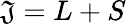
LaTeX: \mathfrak{J}=L+S